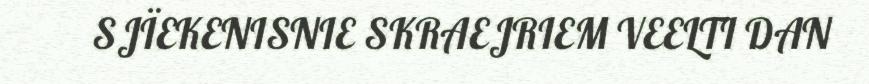
SJÏEKENISNIE SKRAEJRIEM VEELTI DAN